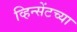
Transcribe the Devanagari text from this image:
व्हिन्सेंटच्या